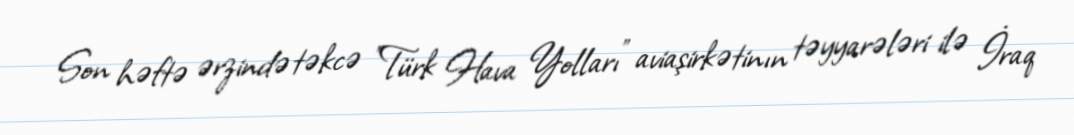
Son həftə ərzində təkcə "Türk Hava Yolları" aviaşirkətinın təyyarələri ilə İraq